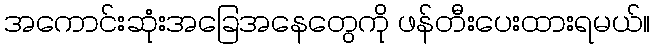
အကောင်းဆုံးအခြေအနေတွေကို ဖန်တီးပေးထားရမယ်။